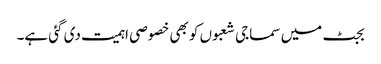
بجٹ میں سماجی شعبوں کو بھی خصوصی اہمیت دی گئی ہے۔